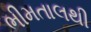
ભીમતાલથી